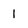
Character: I